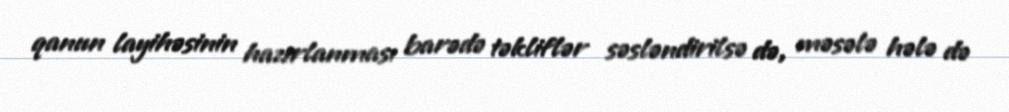
qanun layihəsinin hazırlanması barədə təkliflər səsləndirilsə də, məsələ hələ də